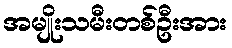
အမျိုးသမီးတစ်ဦးအား